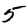
Digit: 5